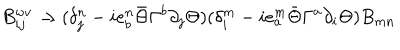
LaTeX: B _ { i j } ^ { w v } \rightarrow ( \delta _ { j } ^ { n } - i e _ { b } ^ { n } \bar { \Theta } \Gamma ^ { b } \partial _ { j } \Theta ) ( \delta _ { i } ^ { m } - i e _ { a } ^ { m } \bar { \Theta } \Gamma ^ { a } \partial _ { i } \Theta ) B _ { m n }